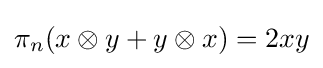
\pi _{n}(x\otimes y+y\otimes x)=2xy